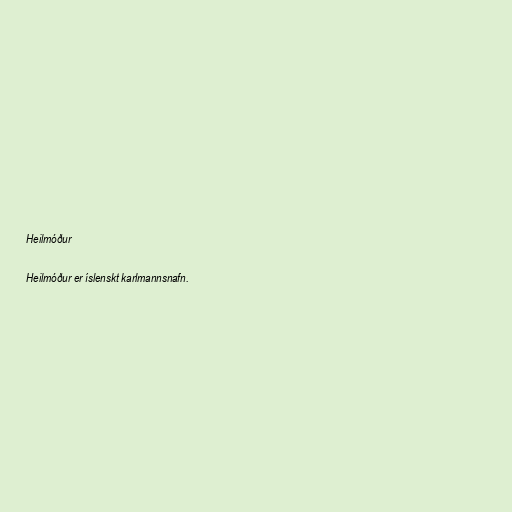
Heilmóður

Heilmóður er íslenskt karlmannsnafn.